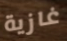
غازية